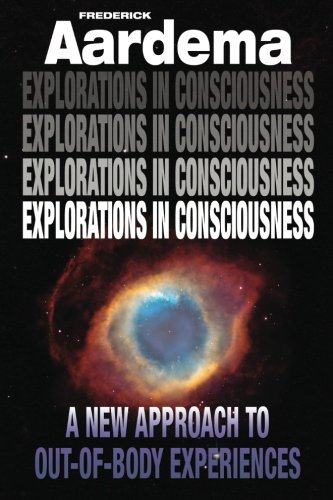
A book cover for Explorations in Consciousness: A New Approach to Out-of-Body Experiences; Frederick Aardema; Health, Fitness & Dieting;